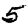
Digit: 5